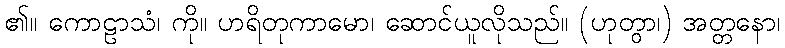
၏။ ကောဠာသံ၊ ကို။ ဟရိတုကာမော၊ ဆောင်ယူလိုသည်။ (ဟုတွာ၊) အတ္တနော၊